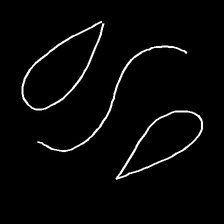
Glyph: water